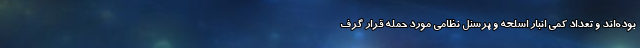
بوده‌اند و تعداد کمی انبار اسلحه و پرسنل نظامی مورد حمله قرار گرف